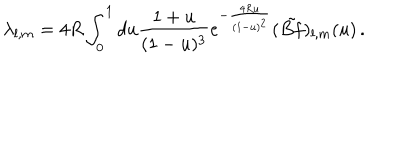
\lambda _ { l , m } = 4 R \int _ { 0 } ^ { 1 } d u \frac { 1 + u } { ( 1 - u ) ^ { 3 } } e ^ { - \frac { 4 R u } { ( 1 - u ) ^ { 2 } } } ( \tilde { B f } ) _ { l , m } ( u ) \, .